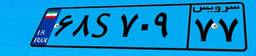
۶۸S۷۰۹۷۷